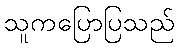
သူကပြောပြသည်